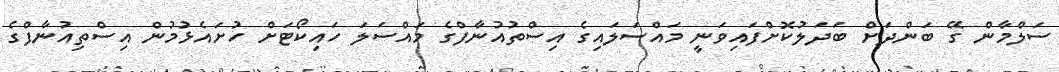
ސަލްމާން ގޭ ބަންދަށް ބަދަލުކޮށްފައިވަނީ މައްސަލައިގެ އިސްތުއުނާފްގެ މައްސަލަ ހައިކޯޓަށް ހުށައެޅުމުން އިސްތިއުނާފްގެ